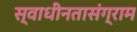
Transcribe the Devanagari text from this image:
स्वाधीनतासंग्राम